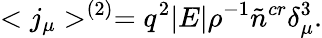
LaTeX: <j_{\mu}>^{(2)}=q^{2}|E|\rho^{-1}\tilde{n}^{cr}\delta_{\mu}^{3}.